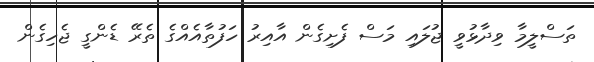
ތަސްލީމާ ވިދާޅުވީ ޖުލައި މަސް ފެށިގެން އާއިރު ހަފުތާއެއްގެ ތެރޭ ޑެންގީ ޖެހިގެން